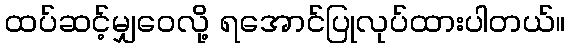
ထပ်ဆင့်မျှဝေလို့ ရအောင်ပြုလုပ်ထားပါတယ်။